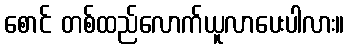
စောင် တစ်ထည်လောက်ယူလာပေးပါလား။